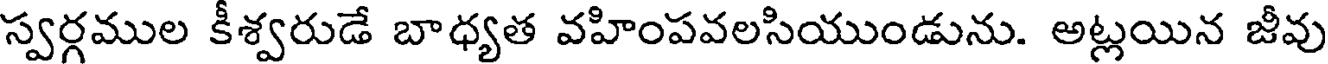
స్వర్గముల కీశ్వరుడే బాధ్యత వహింపవలసియుండును. అట్లయిన జీవు